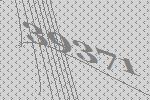
39371